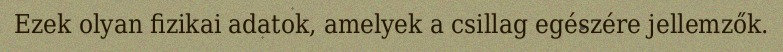
Ezek olyan fizikai adatok, amelyek a csillag egészére jellemzők.